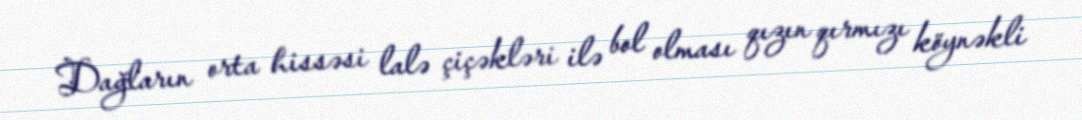
Dağların orta hissəsi lalə çiçəkləri ilə bol olması qızın qırmızı köynəkli